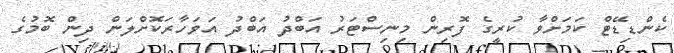
ކެންޑިޑޭޓް ކަމަށްވާ ކުރީގެ ފޮރިން މިނިސްޓަރު އަބްދު އަބްދު އަވަހާރަކޮށްލަން ދިން ބޮމުގެ